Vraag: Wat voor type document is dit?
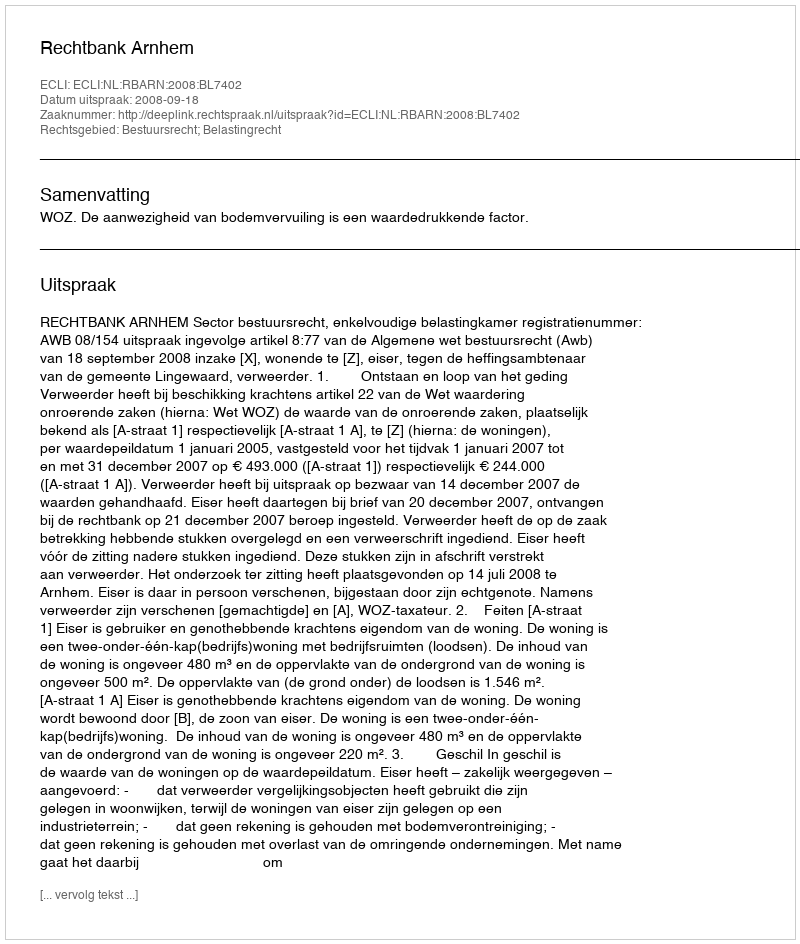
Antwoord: Uitspraak